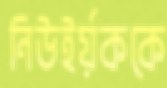
নিউইর্য়ককে